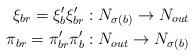
LaTeX: \begin{align*}\xi_{br}=\xi_{b}' \xi_{br}': N_{\sigma(b)} \rightarrow N_{out} \\\pi_{br}=\pi_{br}' \pi_{b}': N_{out} \rightarrow N_{\sigma(b)}\end{align*}